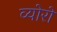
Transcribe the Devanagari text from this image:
व्योरों